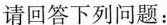
请回答下列问题：